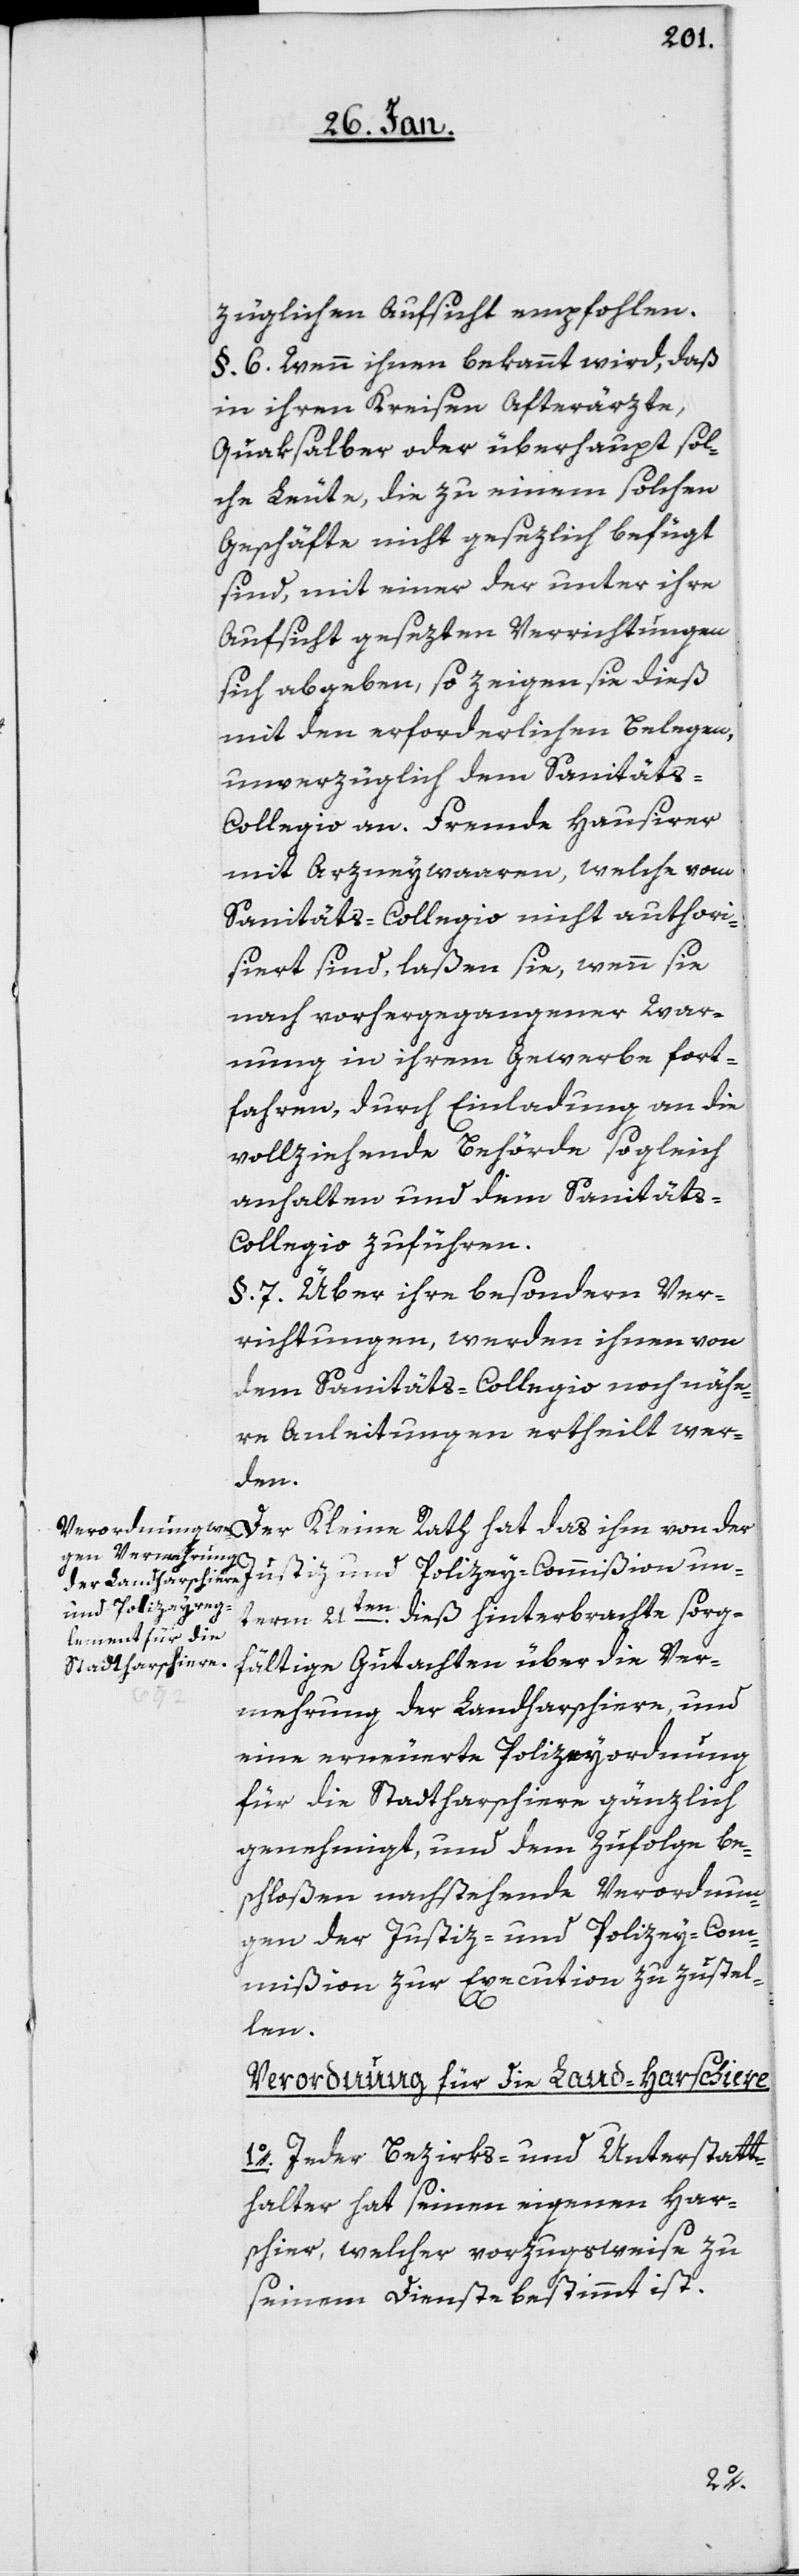
züglichen Aufsicht empfohlen.
§. 6. Wenn ihnen bekannt wird, daß
in ihren Kreisen Afterärzte,
Quaksalber oder überhaupt sol¬
che Leute, die zu einem solchen
Geschäfte nicht gesezlich befugt
sind, mit einer der unter ihre
Aufsicht gesezten Verrichtungen
sich abgeben, so zeigen sie dieß
mit den erforderlichen Belegen,
unverzüglich dem Sanitäts-C¬
ollegio an. Fremde Hausirer
mit Arzneywaaren, welche vom
Sanitäts-Collegio nicht authori¬
siert sind, laßen sie, wenn sie
nach vorhergegangener War¬
nung in ihrem Gewerbe fort¬
fahren, durch Einladung an die
vollziehende Behörde sogleich
anhalten und dem Sanitäts-C¬
ollegio zuführen.
§. 7. Über ihre besondern Ver¬
richtungen, werden ihnen von
dem Sanitäts-Collegio noch nähe¬
re Anleitungen ertheilt wer¬
den.
Der Kleine Rath hat das ihm von der
unterm 21sten. dieß hinterbrachte sorg¬
fältige Gutachten über die Ver¬
mehrung der Landharschiere, und
eine erneuerte Polizeyordnung
für die Stadtharschiere gänzlich
genehmigt, und dem Zufolge be¬
schloßen, nachstehende Verordnun¬
gen der Justiz- und Polizey-Com¬
mißion zur Execution zuzustel¬
len.
Verordnung für die Land-Harschiere
1o. Jeder Bezirks- und Unterstatt¬
halter hat seinen eigenen Har¬
schier, welcher vorzugsweise zu
seinem Dienste bestimmt ist.